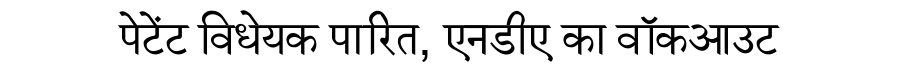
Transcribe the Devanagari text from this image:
पेटेंट विधेयक पारित, एनडीए का वॉकआउट